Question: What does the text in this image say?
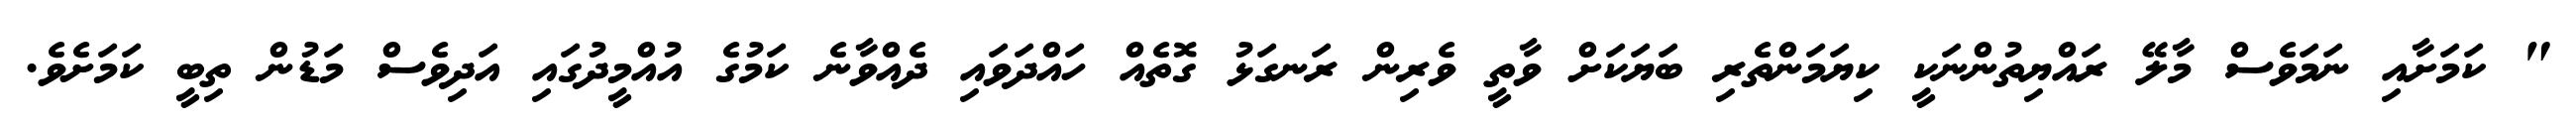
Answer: " ކަމަށާއި ނަމަވެސް މާލޭ ރައްޔިތުންނަކީ ކިޔަމަންތެރި ބަޔަކަށް ވާތީ ވެރިން ރަނގަޅު ގޮތެއް ހައްދަވައި ދެއްވާނެ ކަމުގެ އުއްމީދުގައި އަދިވެސް މަޑުން ތިބީ ކަމަށެވެ.